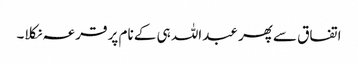
اتفاق سے پھر عبداللہ ہی کے نام پر قرعہ نکلا۔